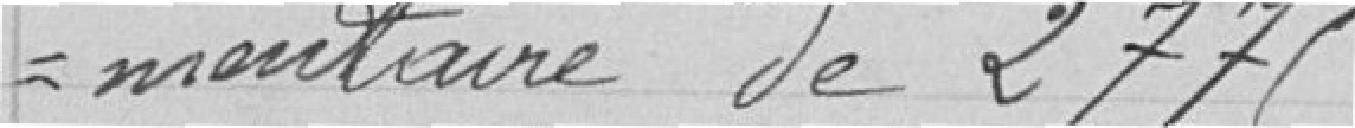
-mentaire de 2775.